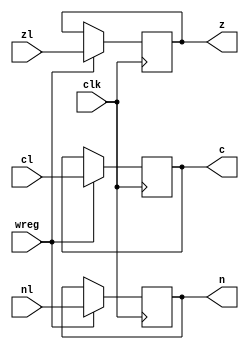
module status_reg(clk, wreg,zl,cl,nl,z,c,n);
input clk, wreg, nl, zl, cl;
output n; reg n;
output z; reg z;
output c; reg c;
always @ (posedge clk)
if (wreg==1) begin
	n<=nl; z<=zl; c<=cl ; 
end
endmodule